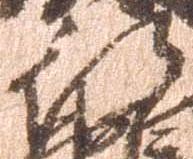
行